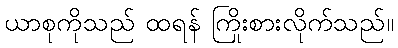
ယာစုကိုသည် ထရန် ကြိုးစားလိုက်သည်။